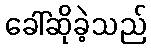
ခေါ်ဆိုခဲ့သည်